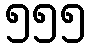
၅၅၅